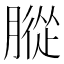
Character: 䐫